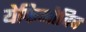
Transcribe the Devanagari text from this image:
येफिमोविच